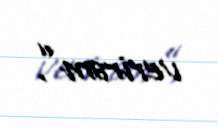
verirəm”.